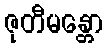
ဇုတီမန္တော